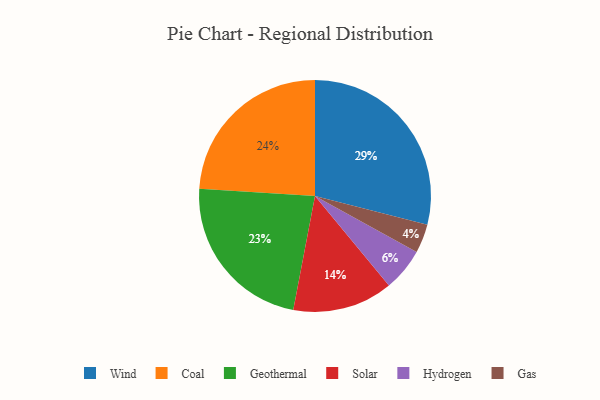
{"axis": {"x": "Category", "y": "Percentage"}, "legend": ["Coal", "Gas", "Geothermal", "Hydrogen", "Solar", "Wind"], "data": [{"x": "Geothermal", "y": 23, "type": "Geothermal"}, {"x": "Gas", "y": 4, "type": "Gas"}, {"x": "Solar", "y": 14, "type": "Solar"}, {"x": "Wind", "y": 29, "type": "Wind"}, {"x": "Hydrogen", "y": 6, "type": "Hydrogen"}, {"x": "Coal", "y": 24, "type": "Coal"}]}